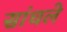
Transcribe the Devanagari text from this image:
सांधले